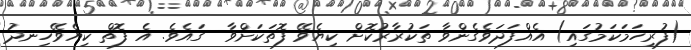
(ފުރިހަމަކަމުގައި) އެއްފަދަވެގެންވާ ތަކުރާރުކޮށް ކިޔެވޭ ފޮތަކަށްވާ  ގައެވެ. އެ ފޮތް ކިޔެވޭހިނދު